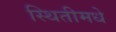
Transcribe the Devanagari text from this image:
स्थितीमधे